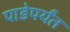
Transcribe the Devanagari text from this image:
पाडेपर्यंत